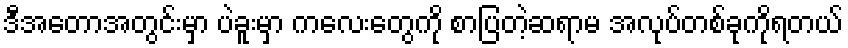
ဒီအတောအတွင်းမှာ ပဲခူးမှာ ကလေးတွေကို စာပြတဲ့ဆရာမ အလုပ်တစ်ခုကိုရတယ်